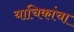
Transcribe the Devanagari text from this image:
याचिकांचा